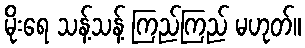
မိုးရေ သန့်သန့် ကြည်ကြည် မဟုတ်။